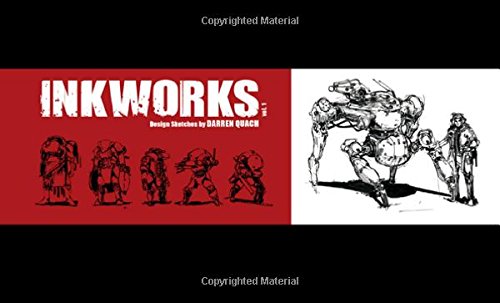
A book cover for Inkworks: Darren Quach Sketchbook Vol. 01; Arts & Photography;